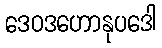
ဒေဝဒဟောနုပဒေါ